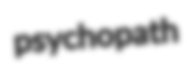
psychopath